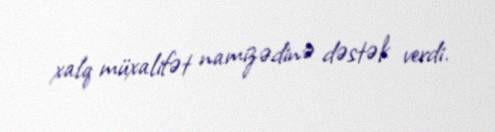
xalq müxalifət namizədinə dəstək verdi.